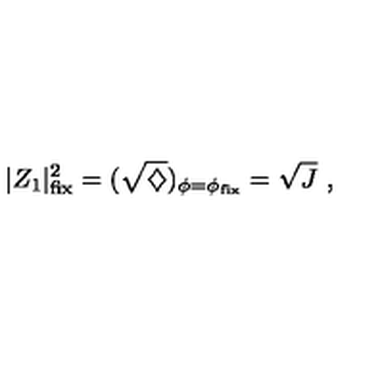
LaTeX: | Z _ { 1 } | _ { \mathrm { f i x } } ^ { 2 } = ( \sqrt { \diamondsuit } ) _ { \phi = \phi _ { \mathrm { f i x } } } = \sqrt { J } \ ,